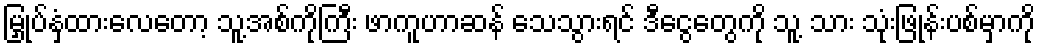
မြှုပ်နှံထားလေတော့ သူ့အစ်ကိုကြီး ဖာကူဟာဆန် သေသွားရင် ဒီငွေတွေကို သူ့ သား သုံးဖြုန်းပစ်မှာကို